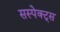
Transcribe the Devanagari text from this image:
सस्पेक्ट्स